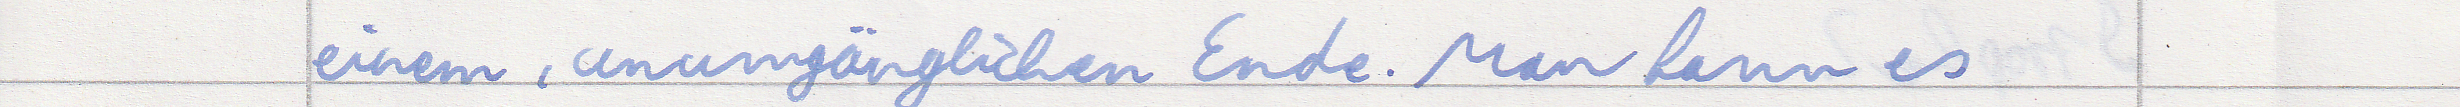
einem, unumgänglichen Ende. Man kann es